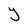
Character: Y